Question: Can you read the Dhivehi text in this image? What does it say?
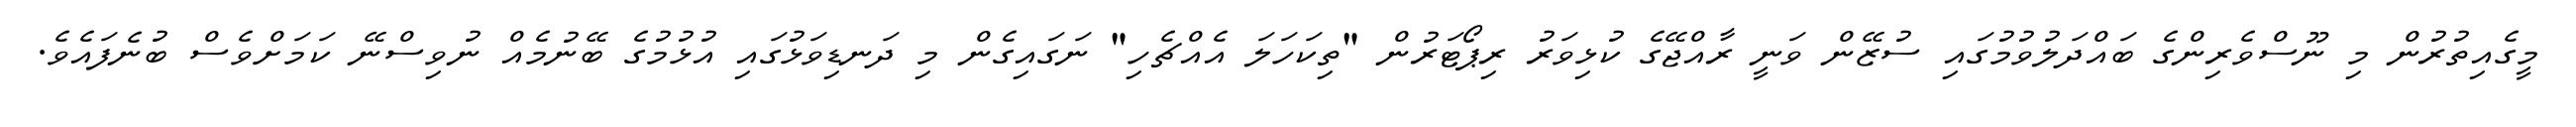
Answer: މީގެއިތުރުން މި ނޫސްވެރިންގެ ބައްދަލުވުމުގައި ސުޒޭން ވަނީ ރާއްޖޭގެ ކުޅިވަރު ރިޕޯޓަރުން "ތިކަހަލަ އެއްޗެހި" ނަގައިގެން މި ދަނޑިވަޅުގައި އުޅުމުގެ ބޭނުމެއް ނުވިސްނޭ ކަމަށްވެސް ބުނެފައެވެ.